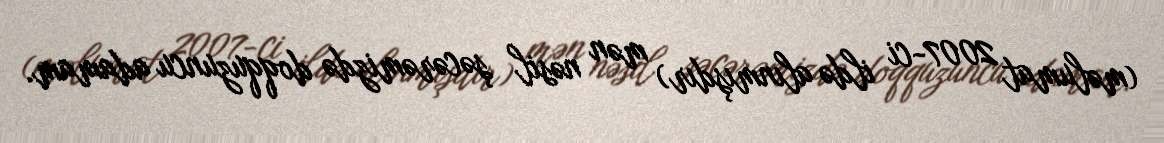
(məlumat 2007-ci ildə alınmışdır) mən nəsil şəcərəmizdə doqquzuncu adamam.